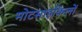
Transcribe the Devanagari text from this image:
मोटसाइकिलों